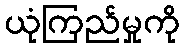
ယုံကြည်မှုကို